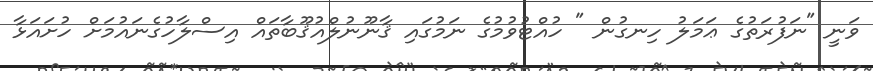
ވަނީ "ނަފުރަތުގެ ޢަމަލު ހިނގުން " ހުއްޓުވުމުގެ ނަމުގައި ޤާނޫނުލްއުޤޫބާތައް އިސްލާހުގެނައުމަށް ހުށައަޅާ